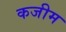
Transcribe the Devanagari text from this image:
कजीम